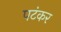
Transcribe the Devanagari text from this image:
पटंकर